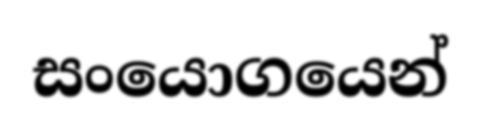
සංයොගයෙන්